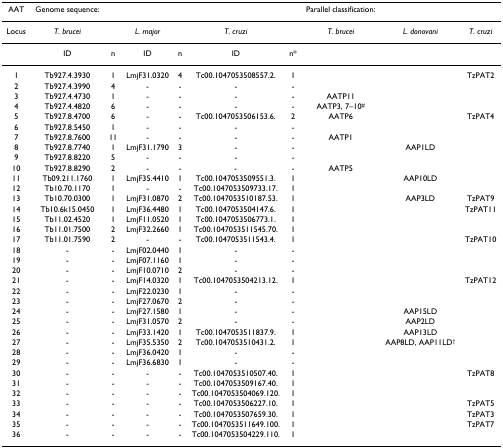
<table><thead><tr><td><b>AAT</b></td><td><b>Genome sequence:</b></td><td></td><td></td><td></td><td></td><td></td><td><b>Parallel classification:</b></td><td></td><td></td></tr></thead><tbody><tr><td>Locus</td><td><i>T. brucei</i></td><td></td><td><i>L. major</i></td><td></td><td><i>T. cruzi</i></td><td></td><td><i>T. brucei</i></td><td><i>L. donovani</i></td><td><i>T. cruzi</i></td></tr><tr><td></td><td>ID</td><td>n</td><td>ID</td><td>n</td><td>ID</td><td>n*</td><td></td><td></td><td></td></tr><tr><td>1</td><td>Tb927.4.3930</td><td>1</td><td>LmjF31.0320</td><td>4</td><td>Tc00.1047053508557.2.</td><td>1</td><td></td><td></td><td>TzPAT2</td></tr><tr><td>2</td><td>Tb927.4.3990</td><td>4</td><td>-</td><td>-</td><td>-</td><td>-</td><td></td><td></td><td></td></tr><tr><td>3</td><td>Tb927.4.4730</td><td>1</td><td>-</td><td>-</td><td>-</td><td>-</td><td>AATP11</td><td></td><td></td></tr><tr><td>4</td><td>Tb927.4.4820</td><td>6</td><td>-</td><td>-</td><td>-</td><td>-</td><td>AATP3, 7–10<sup>#</sup></td><td></td><td></td></tr><tr><td>5</td><td>Tb927.8.4700</td><td>6</td><td>-</td><td>-</td><td>Tc00.1047053506153.6.</td><td>2</td><td>AATP6</td><td></td><td>TzPAT4</td></tr><tr><td>6</td><td>Tb927.8.5450</td><td>1</td><td>-</td><td>-</td><td>-</td><td>-</td><td></td><td></td><td></td></tr><tr><td>7</td><td>Tb927.8.7600</td><td>11</td><td>-</td><td>-</td><td>-</td><td>-</td><td>AATP1</td><td></td><td></td></tr><tr><td>8</td><td>Tb927.8.7740</td><td>1</td><td>LmjF31.1790</td><td>3</td><td>-</td><td>-</td><td></td><td>AAP1LD</td><td></td></tr><tr><td>9</td><td>Tb927.8.8220</td><td>5</td><td>-</td><td>-</td><td>-</td><td>-</td><td></td><td></td><td></td></tr><tr><td>10</td><td>Tb927.8.8290</td><td>2</td><td>-</td><td>-</td><td>-</td><td>-</td><td>AATP5</td><td></td><td></td></tr><tr><td>11</td><td>Tb09.211.1760</td><td>1</td><td>LmjF35.4410</td><td>1</td><td>Tc00.1047053509551.3.</td><td>1</td><td></td><td>AAP10LD</td><td></td></tr><tr><td>12</td><td>Tb10.70.1170</td><td>1</td><td>-</td><td>-</td><td>Tc00.1047053509733.17.</td><td>1</td><td></td><td></td><td></td></tr><tr><td>13</td><td>Tb10.70.0300</td><td>1</td><td>LmjF31.0870</td><td>2</td><td>Tc00.1047053510187.53.</td><td>1</td><td></td><td>AAP3LD</td><td>TzPAT9</td></tr><tr><td>14</td><td>Tb10.6k15.0450</td><td>1</td><td>LmjF36.4480</td><td>1</td><td>Tc00.1047053504147.6.</td><td>1</td><td></td><td></td><td>TzPAT11</td></tr><tr><td>15</td><td>Tb11.02.4520</td><td>1</td><td>LmjF11.0520</td><td>1</td><td>Tc00.1047053506773.1.</td><td>1</td><td></td><td></td><td></td></tr><tr><td>16</td><td>Tb11.01.7500</td><td>2</td><td>LmjF32.2660</td><td>1</td><td>Tc00.1047053511545.70.</td><td>1</td><td></td><td></td><td></td></tr><tr><td>17</td><td>Tb11.01.7590</td><td>2</td><td>-</td><td>-</td><td>Tc00.1047053511543.4.</td><td>1</td><td></td><td></td><td>TzPAT10</td></tr><tr><td>18</td><td>-</td><td>-</td><td>LmjF02.0440</td><td>1</td><td>-</td><td>-</td><td></td><td></td><td></td></tr><tr><td>19</td><td>-</td><td>-</td><td>LmjF07.1160</td><td>1</td><td>-</td><td>-</td><td></td><td></td><td></td></tr><tr><td>20</td><td>-</td><td>-</td><td>LmjF10.0710</td><td>2</td><td>-</td><td>-</td><td></td><td></td><td></td></tr><tr><td>21</td><td>-</td><td>-</td><td>LmjF14.0320</td><td>1</td><td>Tc00.1047053504213.12.</td><td>1</td><td></td><td></td><td>TzPAT12</td></tr><tr><td>22</td><td>-</td><td>-</td><td>LmjF22.0230</td><td>1</td><td>-</td><td>-</td><td></td><td></td><td></td></tr><tr><td>23</td><td>-</td><td>-</td><td>LmjF27.0670</td><td>2</td><td>-</td><td>-</td><td></td><td></td><td></td></tr><tr><td>24</td><td>-</td><td>-</td><td>LmjF27.1580</td><td>1</td><td>-</td><td>-</td><td></td><td>AAP15LD</td><td></td></tr><tr><td>25</td><td>-</td><td>-</td><td>LmjF31.0570</td><td>2</td><td>-</td><td>-</td><td></td><td>AAP2LD</td><td></td></tr><tr><td>26</td><td>-</td><td>-</td><td>LmjF33.1420</td><td>1</td><td>Tc00.1047053511837.9.</td><td>1</td><td></td><td>AAP13LD</td><td></td></tr><tr><td>27</td><td>-</td><td>-</td><td>LmjF35.5350</td><td>2</td><td>Tc00.1047053510431.2.</td><td>1</td><td></td><td>AAP8LD, AAP11LD<sup>†</sup></td><td></td></tr><tr><td>28</td><td>-</td><td>-</td><td>LmjF36.0420</td><td>1</td><td>-</td><td>-</td><td></td><td></td><td></td></tr><tr><td>29</td><td>-</td><td>-</td><td>LmjF36.6830</td><td>1</td><td>-</td><td>-</td><td></td><td></td><td></td></tr><tr><td>30</td><td>-</td><td>-</td><td>-</td><td>-</td><td>Tc00.1047053510507.40.</td><td>1</td><td></td><td></td><td>TzPAT8</td></tr><tr><td>31</td><td>-</td><td>-</td><td>-</td><td>-</td><td>Tc00.1047053509167.40.</td><td>1</td><td></td><td></td><td></td></tr><tr><td>32</td><td>-</td><td>-</td><td>-</td><td>-</td><td>Tc00.1047053504069.120.</td><td>1</td><td></td><td></td><td></td></tr><tr><td>33</td><td>-</td><td>-</td><td>-</td><td>-</td><td>Tc00.1047053506227.10.</td><td>1</td><td></td><td></td><td>TzPAT5</td></tr><tr><td>34</td><td>-</td><td>-</td><td>-</td><td>-</td><td>Tc00.1047053507659.30.</td><td>1</td><td></td><td></td><td>TzPAT3</td></tr><tr><td>35</td><td>-</td><td>-</td><td>-</td><td>-</td><td>Tc00.1047053511649.100.</td><td>1</td><td></td><td></td><td>TzPAT7</td></tr><tr><td>36</td><td>-</td><td>-</td><td>-</td><td>-</td><td>Tc00.1047053504229.110.</td><td>1</td><td></td><td></td><td></td></tr></tbody></table>